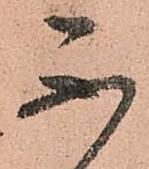
不